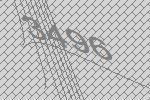
3496